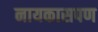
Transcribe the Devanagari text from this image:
नायकासपण